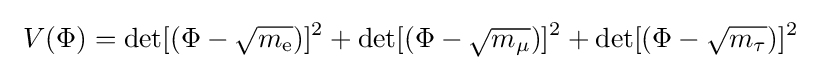
\ V(\Phi )=\det[(\Phi -{\sqrt {m_{\text{e}}}})]^{2}+\det[(\Phi -{\sqrt {m_{\mu }}})]^{2}+\det[(\Phi -{\sqrt {m_{\tau }}})]^{2}\